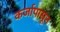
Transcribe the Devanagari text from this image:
कर्जापासून